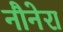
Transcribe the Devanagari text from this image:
नौनेरा